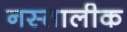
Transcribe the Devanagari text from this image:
नस्तालीक